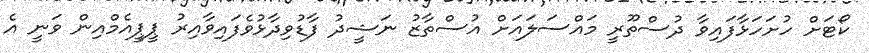
ކޯޓަށް ހުށަހަޅާފައިވާ ދުސްތޫރީ މައްސަލައަށް އުސްތާޒު ނަޝީދު ފާޑުވިދާޅުވެފައިވާއިރު ޕީޕީއެމްއިން ވަނީ އެ